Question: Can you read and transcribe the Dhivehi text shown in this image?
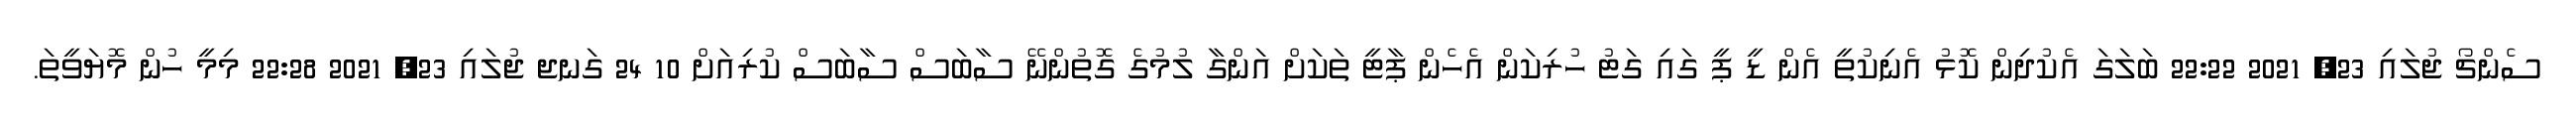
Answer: ސެންޗޯ ޖުލައި 23, 2021 22:22 ބަލަގަ އެކުދިން ކޮޅު އެނިކުތީ އެން ޑީ ޕީ ގައި ގަޓު ހުރިކަން އެހެން ޕާޓީ ތަކަށް އަންގާ ލުމުގެ ގޮތުންނޭ ސާބަސް ސާބަސް ކުރިއަށް 10 24 ގަނޖ ޖުލައި 23, 2021 22:28 މިމީ ހުން މޮޔަވީތަ.